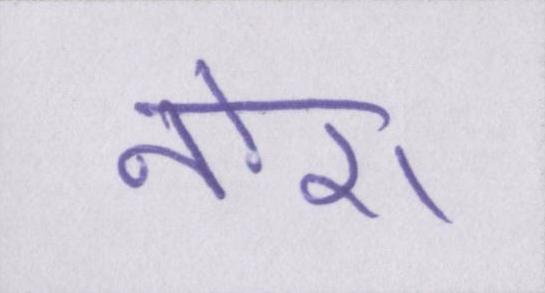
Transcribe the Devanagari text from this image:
नोरा